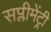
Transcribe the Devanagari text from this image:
सप्लीमेंट्री